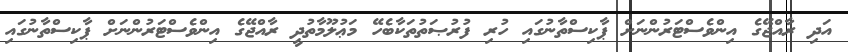
އަދި ރާއްޖޭގެ އިންވެސްޓަރުންނަށް ޕާކިސްތާނުގައި ހުރި ފުރުޞަތުތަކާބެހޭ މަޢުލޫމާތުދީ ރާއްޖޭގެ އިންވެސްޓަރުންނަށް ޕާކިސްތާނުގައި